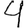
Digit: 4